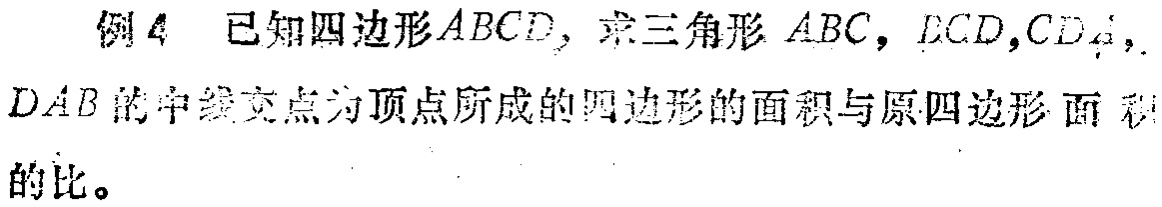
例 4 已知四边形\(ABCD\)，求三角形 \(ABC\)，\(BCD\)，\(CDA\)，\(DAB\)的中线交点为顶点所成的四边形的面积与原四边形面积的比。